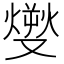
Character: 𤎬